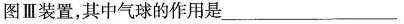
图Ⅲ装置，其中气球的作用是__________